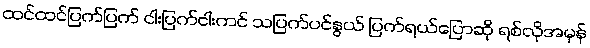
ထင်ထင်ပြက်ပြက် ငါးပြက်ငါးကင် သပြက်ပင်နွယ် ပြက်ရယ်ပြောဆို ရစ်လိုအမှန်